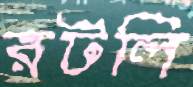
রটলি